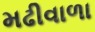
મઢીવાળા